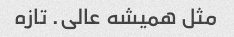
مثل همیشه عالی. تازه